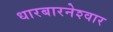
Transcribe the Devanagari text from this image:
धारबारनेश्‍वार